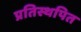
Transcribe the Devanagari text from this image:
प्रतिस्थपित